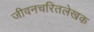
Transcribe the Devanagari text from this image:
जीवनचरितलेखक